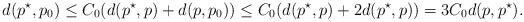
LaTeX: \begin{align*}d(p^{\star}, p_0) \leq C_0(d(p^{\star},p) + d(p,p_0)) \leq C_0 (d(p^{\star},p) + 2 d(p^{\star},p)) = 3 C_0 d(p, p^{\star}).\end{align*}